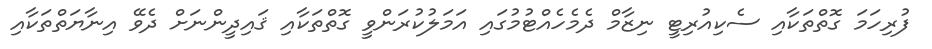
ފުރިހަމަ ގޮތްތަކާއި ސެކިއުރިޓީ ނިޒާމް ދެމެހެއްޓުމުގައި އަމަލުކުރަންވީ ގޮތްތަކާއި ޤައިދީންނަށް ދެވޭ އިނާޔަތްތަކާއި